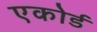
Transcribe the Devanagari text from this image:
एकोर्ड